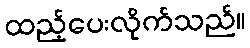
ထည့်ပေးလိုက်သည်။